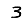
Digit: 3